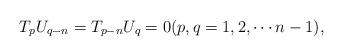
LaTeX: \begin{align*}T_{p}U_{q-n}=T_{p-n}U_{q}=0(p,q=1,2,\cdots n-1),\end{align*}